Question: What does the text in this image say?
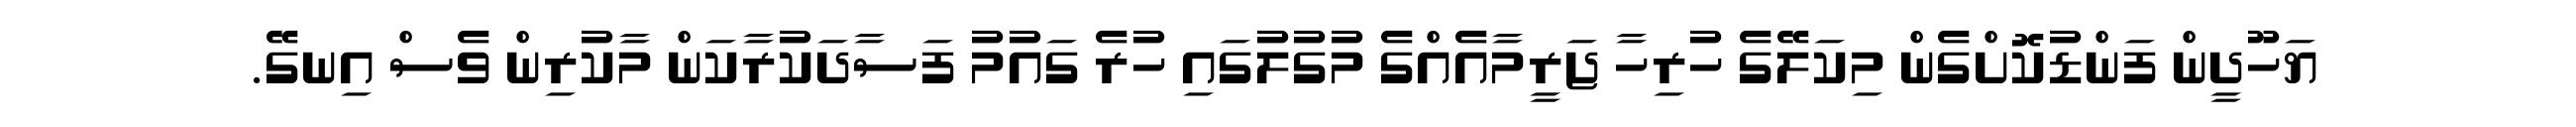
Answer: ޔަހޫދީން ފަންޑުކޮށްގެން މިކަލޭގެ ހުރިހާ ޖަރީމާއެއްގެ މުގުލުގައި ހުރެ ގައުމު ފަސާދަކުރާކަން މާކުރިން ވެސް އިނގޭ.